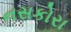
નસકોરા